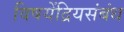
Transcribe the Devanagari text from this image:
विषयेंद्रियसंबंध